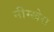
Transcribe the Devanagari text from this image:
नीम्खेरा